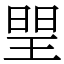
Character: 𤦉